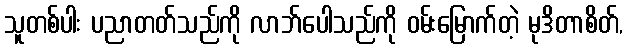
သူတစ်ပါး ပညာတတ်သည်ကို လာဘ်ပေါသည်ကို ဝမ်းမြောက်တဲ့ မုဒိတာစိတ်,